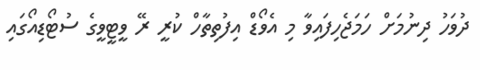
ދުވަހު ދިނުމަށް ހަމަޖެހިފައިވާ މި އެވޯޑް އިފުތިތާހް ކުރީ ރޭ ވީޓީވީގެ ސުޓޯޑިއޯގައި